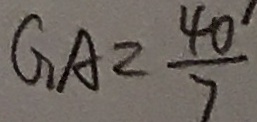
G A = \frac { 4 0 } { 7 }